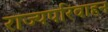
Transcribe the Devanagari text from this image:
राज्यपरिवाहन